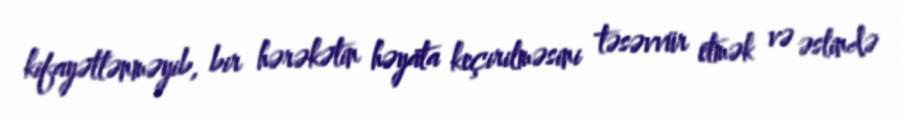
kifayətlənməyib, bir hərəkətin həyata keçirilməsini təsəvvür etmək və əslində